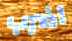
اضرب